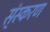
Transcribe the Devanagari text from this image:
स्ंस्करण